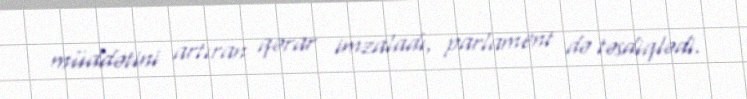
müddətini artıran qərar imzaladı, parlament də təsdiqlədi.